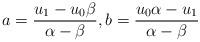
LaTeX: \begin{align*} a=\frac{u_1-u_0\beta}{\alpha-\beta},b=\frac{u_0\alpha-u_1}{\alpha-\beta}\end{align*}